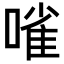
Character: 𠻘